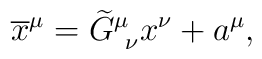
\overline{x}^{\mu }=\widetilde{G}_{\ \nu }^{\mu }x^{\nu }+a^{\mu },